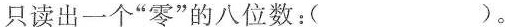
只读出一个”零”的八位数：( )。